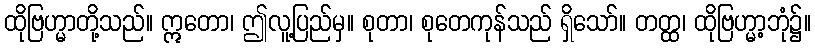
ထိုဗြဟ္မာတို့သည်။ ဣတော၊ ဤလူ့ပြည်မှ။ စုတာ၊ စုတေကုန်သည် ရှိသော်။ တတ္ထ၊ ထိုဗြဟ္မာ့ဘုံ၌။